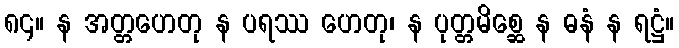
၈၄။ န အတ္တဟေတု န ပရဿ ဟေတု၊ န ပုတ္တမိစ္ဆေ န ဓနံ န ရဋ္ဌံ။